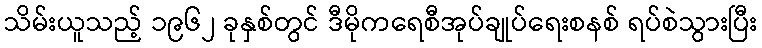
သိမ်းယူသည့် ၁၉၆၂ ခုနှစ်တွင် ဒီမိုကရေစီအုပ်ချုပ်ရေးစနစ် ရပ်စဲသွားပြီး